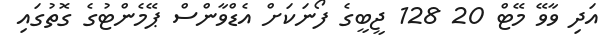
އަދި ވާވޭ މޭޓް 20 128 ޖީބީގެ ފޯނަކަށް އެޑްވާންސް ޕޭމެންޓުގެ ގޮތުގައި